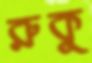
রুকু